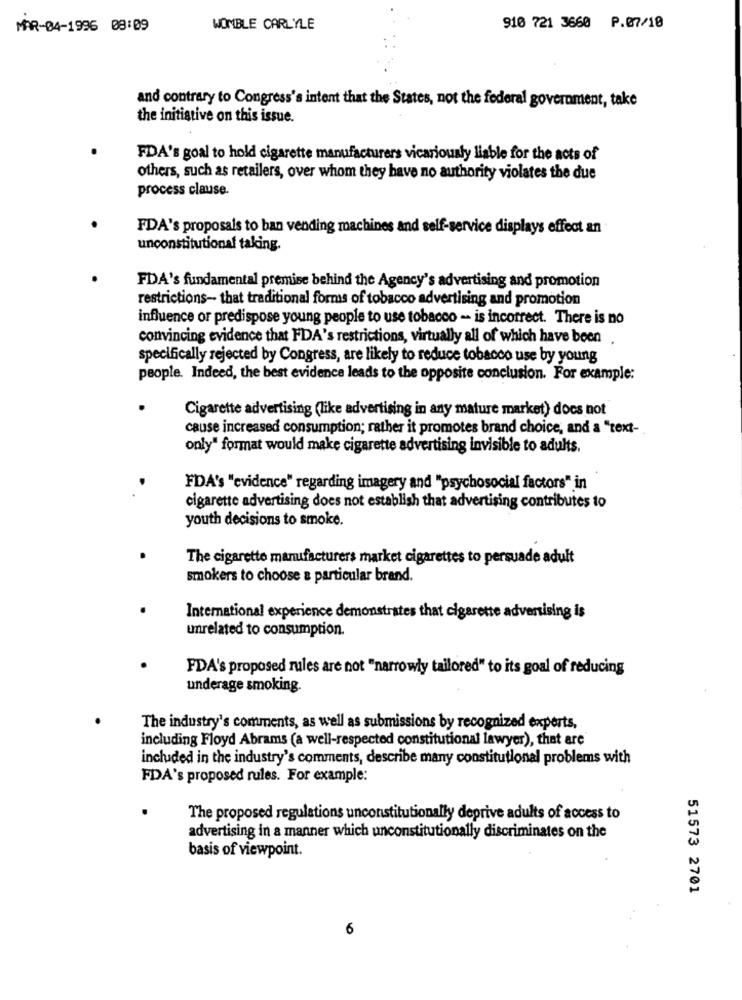
MAR-04-1996 08:09
WOMBLE CARLYLE
910 721 3660 P.07/10
and contrary to Congress's intent that the States, not the federal government, take
the initiative on this issue.
FDA's goal to hold cigarette manufacturers vicariously liable for the acts of
others, such as retailers, over whom they have no authority violates the due
process clause.
FDA's proposals to ban vending machines and self-service displays effect an
unconstitutional taking.
FDA's fundamental premise behind the Agency's advertising and promotion
restrictions- that traditional forms of tobacco advertising and promotion
influence or predispose young people to use tobacco -- is incorrect. There is no
convincing evidence that FDA's restrictions, virtually all of which have been
specifically rejected by Congress, are likely to reduce tobacco use by young
people. Indeed, the best evidence leads to the opposite conclusion. For example:
Cigarette advertising (like advertising in any mature market) does not
cause increased consumption; rather it promotes brand choice, and a "text-
only" format would make cigarette advertising invisible to adults.
FDA's "evidence" regarding imagery and "psychosocial factors" in
cigarette advertising does not establish that advertising contributes to
youth decisions to smoke.
The cigarette manufacturers market cigarettes to persuade adult
smokers to choose a particular brand.
International experience demonstrates that cigarette advertising is
unrelated to consumption.
PDA's proposed rules are not "narrowly tailored" to its goal of reducing
underage smoking.
The industry's comments, as well as submissions by recognized experts,
including Floyd Abrams (a well-respected constitutional lawyer), that are
included in the industry's comments, describe many constitutional problems with
FDA's proposed rules. For example:
The proposed regulations unconstitutionally deprive adults of access to
advertising in a manner which unconstitutionally discriminates on the
basis of viewpoint.
51573 2701
6